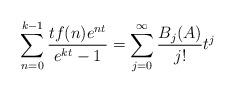
LaTeX: \begin{align*}\sum\limits_{n=0}^{k-1}\frac{tf(n)e^{nt}}{e^{kt}-1}=\sum\limits_{j=0}^{\infty}\frac{B_{j}(A)}{j!}t^{j}\end{align*}